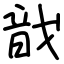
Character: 戠